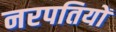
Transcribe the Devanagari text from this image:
नरपतियों